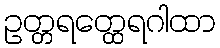
ဥတ္တရတ္ထေရဂါထာ